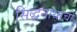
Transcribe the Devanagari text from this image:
सिद्धनाथाची